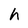
Character: h